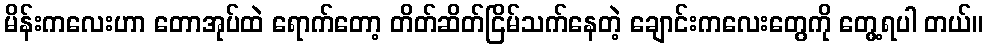
မိန်းကလေးဟာ တောအုပ်ထဲ ရောက်တော့ တိတ်ဆိတ်ငြိမ်သက်နေတဲ့ ချောင်းကလေးတွေကို တွေ့ရပါ တယ်။